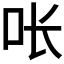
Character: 𭇉